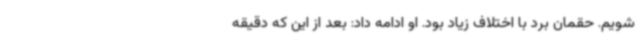
شویم. حقمان برد با اختلاف زیاد بود. او ادامه داد: بعد از این که دقیقه